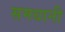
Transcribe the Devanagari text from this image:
समधानी